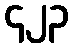
၄၂၃